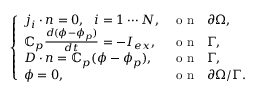
\left\{ \begin{array} { l l } { \boldsymbol { j } _ { i } \cdot \boldsymbol { n } = 0 , ~ ~ i = 1 \cdots N , } & { \mathrm { ~ o ~ n ~ ~ ~ } \partial \Omega , } \\ { \mathbb { C } _ { p } \frac { d ( \phi - \phi _ { p } ) } { d t } = - I _ { e x } , } & { \mathrm { ~ o ~ n ~ ~ ~ } \Gamma , } \\ { \boldsymbol { D } \cdot \boldsymbol { n } = \mathbb { C } _ { p } ( \phi - \phi _ { p } ) , } & { \mathrm { ~ o ~ n ~ ~ ~ } \Gamma , } \\ { \phi = 0 , } & { \mathrm { ~ o ~ n ~ ~ ~ } \partial \Omega / \Gamma . } \end{array} \right.